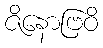
ဇိနောဗြဝိ